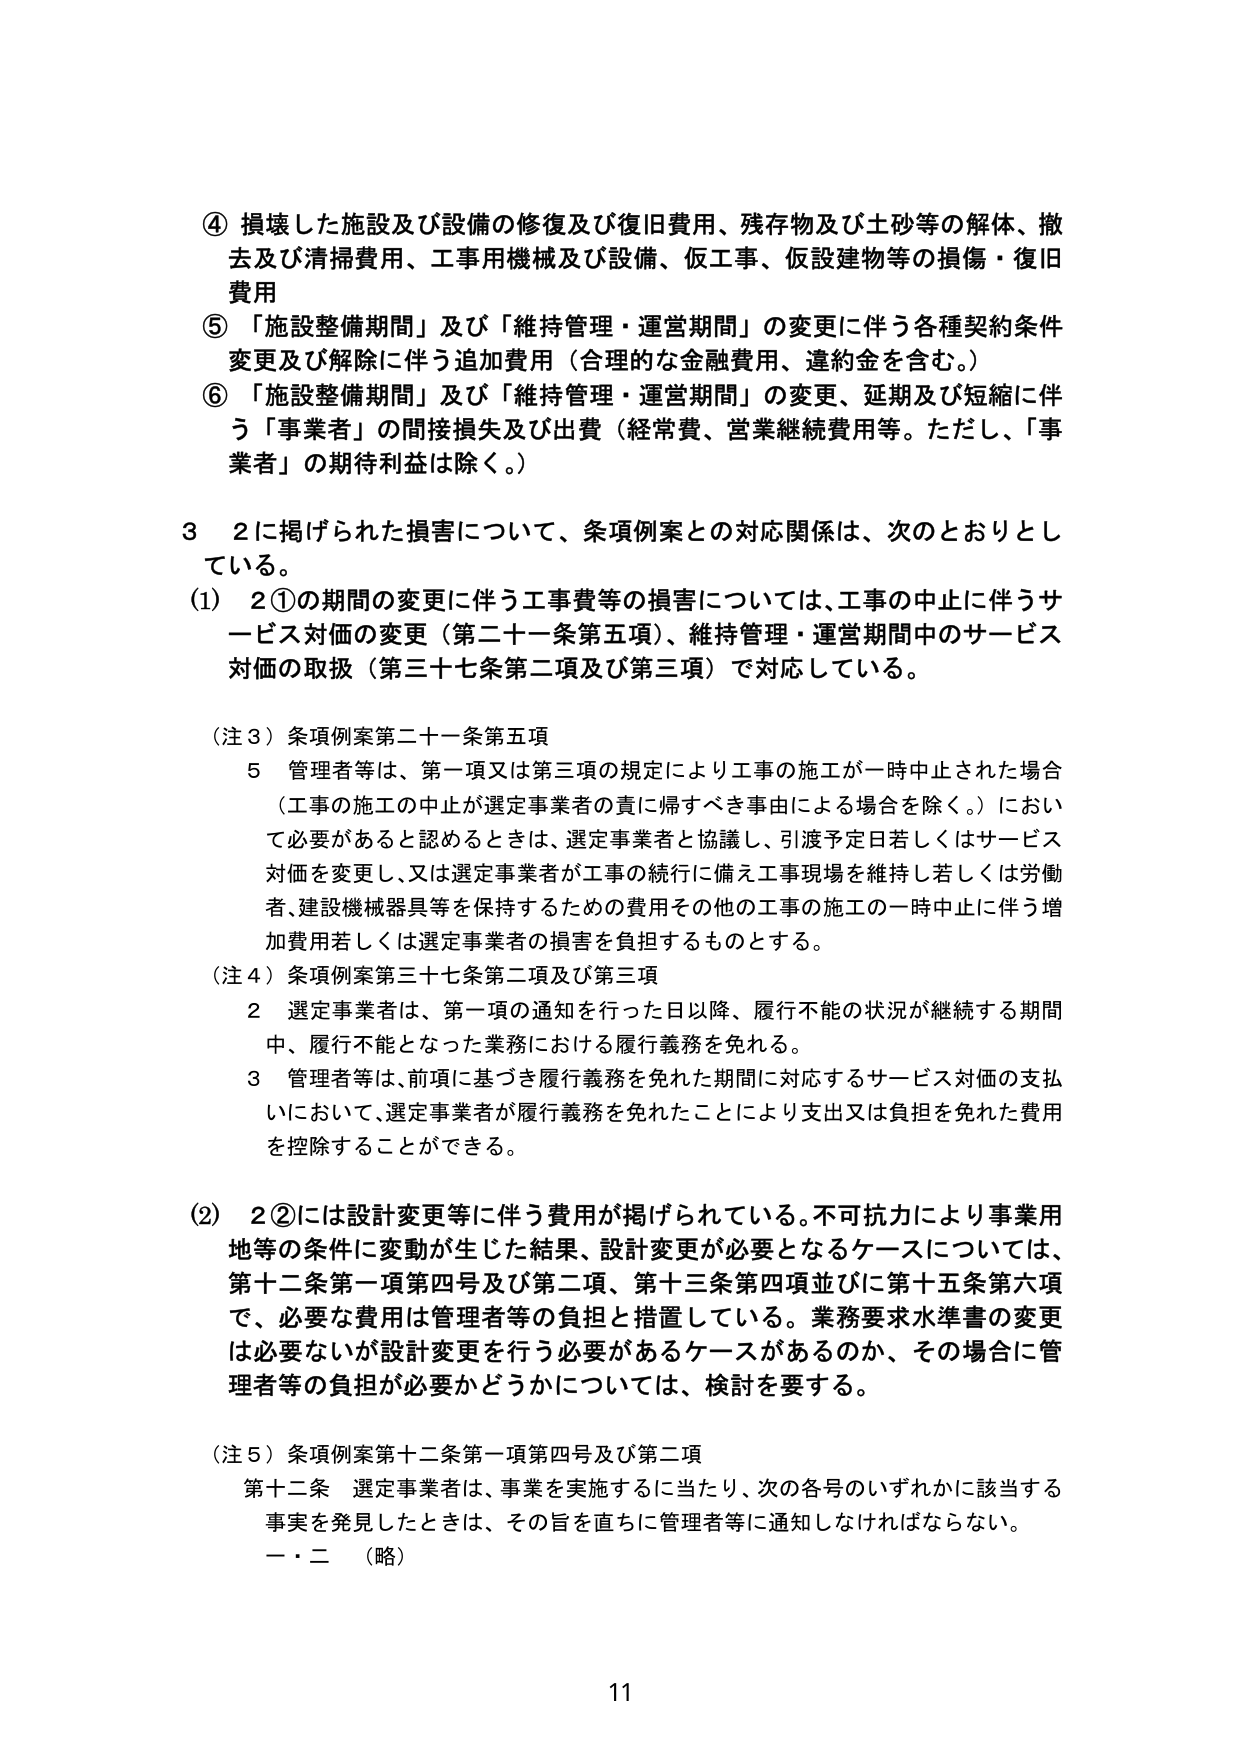
④ 損壊した施設及び設備の修復及び復旧費用、残存物及び土砂等の解体、撤去及び清掃費用、工事用機械及び設備、仮工事、仮設建物等の損傷・復旧費用
⑤ 「施設整備期間」及び「維持管理・運営期間」の変更に伴う各種契約条件変更及び解除に伴う追加費用（合理的な金融費用、違約金を含む。）
⑥ 「施設整備期間」及び「維持管理・運営期間」の変更、延期及び短縮に伴う「事業者」の間接損失及び出費（経常費、営業継続費用等。ただし、「事業者」の期待利益は除く。）

3　2に掲げられた損害について、条項例案との対応関係は、次のとおりとしている。
(1)　2①の期間の変更に伴う工事費等の損害については、工事の中止に伴うサービス対価の変更（第二十一条第五項）、維持管理・運営期間中のサービス対価の取扱（第三十七条第二項及び第三項）で対応している。

（注3）条項例案第二十一条第五項
　　5　管理者等は、第一項又は第三項の規定により工事の施工が一時中止された場合（工事の施工の中止が選定事業者の責に帰すべき事由による場合を除く。）において必要があると認めるときは、選定事業者と協議し、引渡予定日若しくはサービス対価を変更し、又は選定事業者が工事の続行に備え工事現場を維持し若しくは労働者、建設機械器具等を保持するための費用その他の工事の施工の一時中止に伴う増加費用若しくは選定事業者の損害を負担するものとする。

（注4）条項例案第三十七条第二項及び第三項
　　2　選定事業者は、第一項の通知を行った日以降、履行不能の状況が継続する期間中、履行不能となった業務における履行義務を免れる。
　　3　管理者等は、前項に基づき履行義務を免れた期間に対応するサービス対価の支払いにおいて、選定事業者が履行義務を免れたことにより支出又は負担を免れた費用を控除することができる。

(2)　2②には設計変更等に伴う費用が掲げられている。不可抗力により事業用地等の条件に変動が生じた結果、設計変更が必要となるケースについては、第十二条第一項第四号及び第二項、第十三条第四項並びに第十五条第六項で、必要な費用は管理者等の負担と措置している。業務要求水準書の変更は必要ないが設計変更を行う必要があるケースがあるのか、その場合に管理者等の負担が必要かどうかについては、検討を要する。

（注5）条項例案第十二条第一項第四号及び第二項
　　第十二条　選定事業者は、事業を実施するに当たり、次の各号のいずれかに該当する事実を発見したときは、その旨を直ちに管理者等に通知しなければならない。
　　一・二　（略）

11